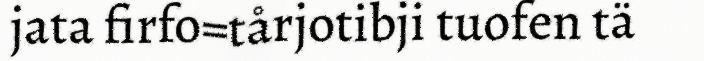
jata firfo=tårjotibji tuofen tä